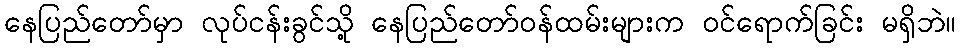
နေပြည်တော်မှာ လုပ်ငန်းခွင်သို့ နေပြည်တော်ဝန်ထမ်းများက ဝင်ရောက်ခြင်း မရှိဘဲ။